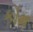
કૉમ